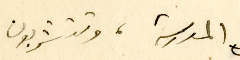
المدرسة، وتتشربون